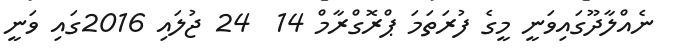
ނެއްލާދޫގައިވަނީ މީގެ ފުރަތަމަ ޕްރޮގްރާމް 14  24 ޖުލައި 2016ގައި ވަނީ